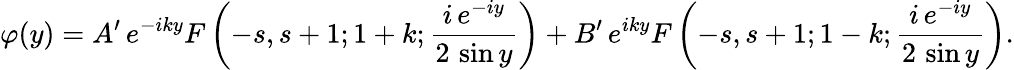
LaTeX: \varphi(y)=A^{\prime}\, e^{-iky}F\left(-s,s+1;1+k;\frac{i\, e^{-iy}}{2\, \sin y}\right)+B^{\prime}\, e^{iky}F\left(-s,s+1;1-k;\frac{i\, e^{-iy}}{2\, \sin y}\right).